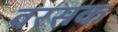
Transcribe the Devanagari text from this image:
वरसक